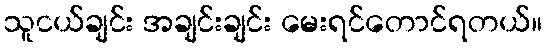
သူငယ်ချင်း အချင်းချင်း မေးရင်တောင်ရတယ်။